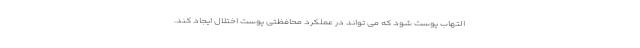
التهاب پوست شود که می تواند در عملکرد محافظتی پوست اختلال ایجاد کند.